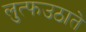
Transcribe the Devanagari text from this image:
लुत्फउठाते